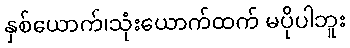
နှစ်ယောက်၊သုံးယောက်ထက် မပိုပါဘူး